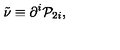
\tilde { \nu } \equiv \partial ^ { i } { \cal P } _ { 2 i } ,